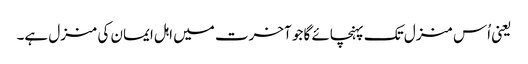
یعنی اُس منزل تک پہنچائے گا جو آخرت میں اہل ایمان کی منزل ہے۔